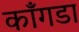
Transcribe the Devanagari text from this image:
काँगडा